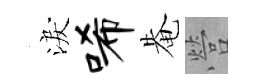
淚唏𤲅營